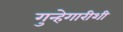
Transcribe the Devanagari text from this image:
गुन्हेगारीशी